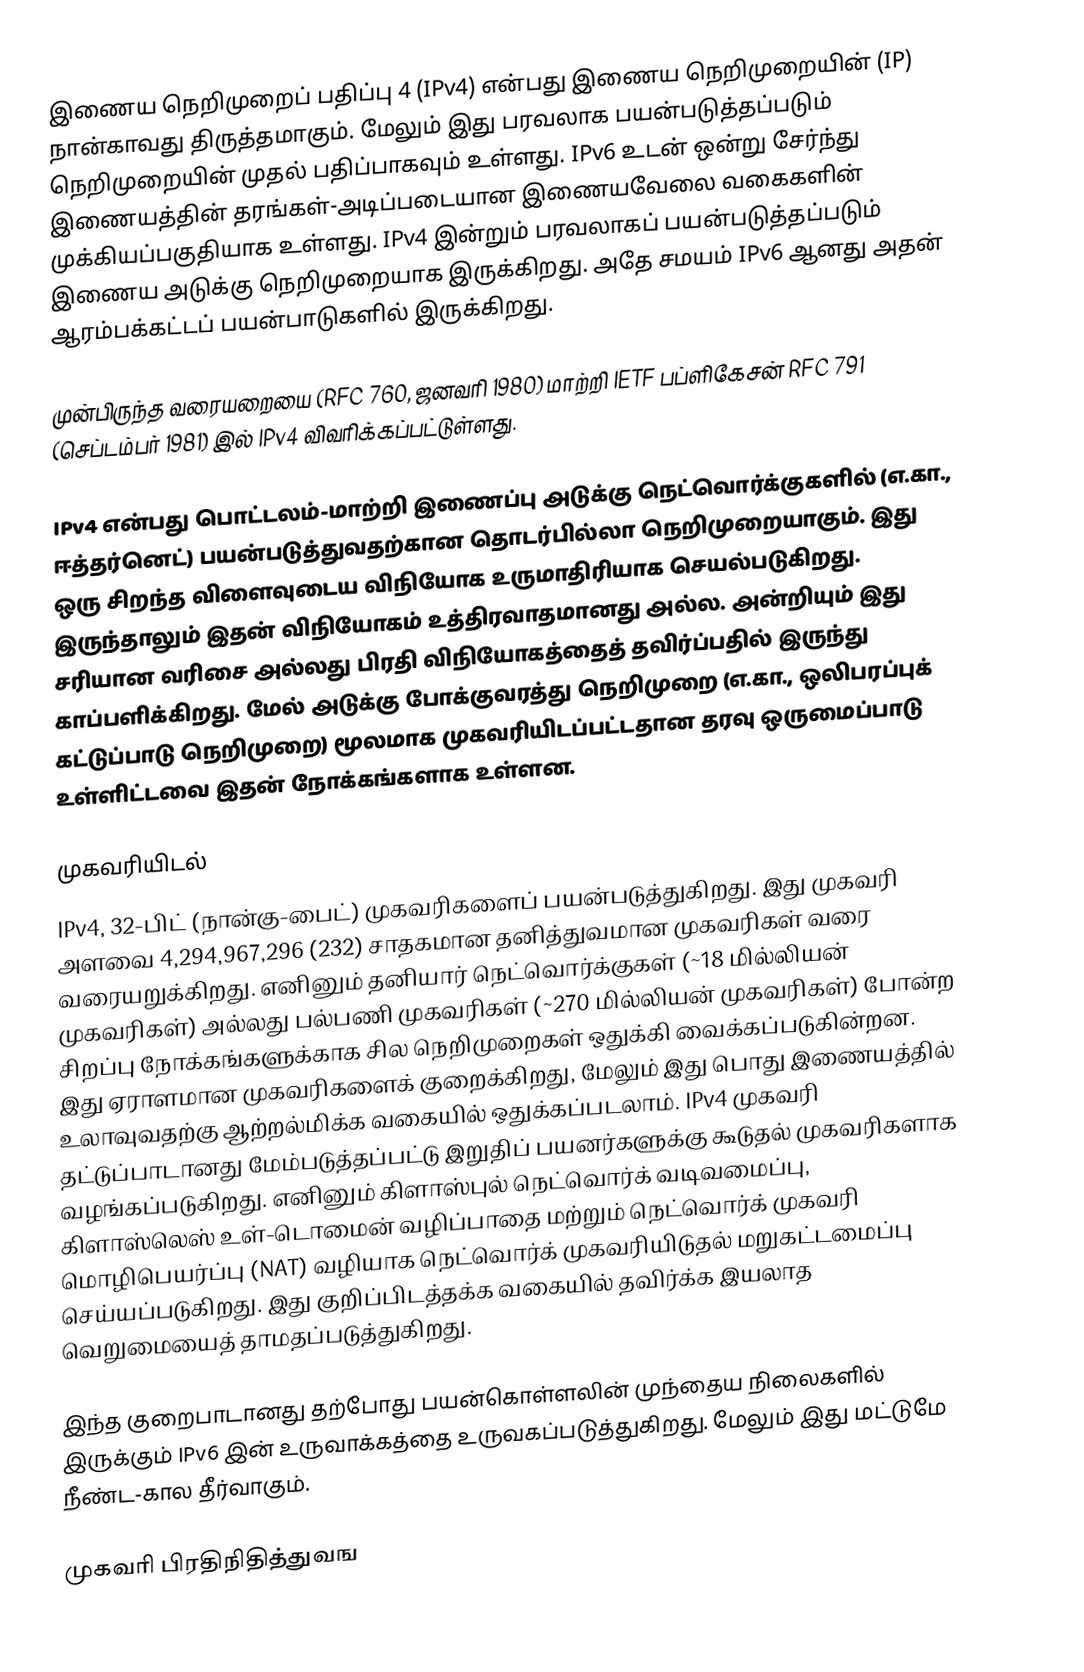
இணைய நெறிமுறைப் பதிப்பு 4  (IPv4) என்பது இணைய நெறிமுறையின் (IP) நான்காவது திருத்தமாகும். மேலும் இது பரவலாக பயன்படுத்தப்படும் நெறிமுறையின் முதல் பதிப்பாகவும் உள்ளது. IPv6 உடன் ஒன்று சேர்ந்து இணையத்தின் தரங்கள்-அடிப்படையான இணையவேலை வகைகளின் முக்கியப்பகுதியாக உள்ளது. IPv4 இன்றும் பரவலாகப் பயன்படுத்தப்படும் இணைய அடுக்கு நெறிமுறையாக இருக்கிறது. அதே சமயம் IPv6 ஆனது அதன் ஆரம்பக்கட்டப் பயன்பாடுகளில் இருக்கிறது.

முன்பிருந்த வரையறையை (RFC 760, ஜனவரி 1980) மாற்றி IETF பப்ளிகேசன் RFC 791 (செப்டம்பர் 1981) இல் IPv4 விவரிக்கப்பட்டுள்ளது.

IPv4 என்பது பொட்டலம்-மாற்றி இணைப்பு அடுக்கு நெட்வொர்க்குகளில் (எ.கா., ஈத்தர்னெட்) பயன்படுத்துவதற்கான தொடர்பில்லா நெறிமுறையாகும். இது ஒரு சிறந்த விளைவுடைய விநியோக உருமாதிரியாக செயல்படுகிறது. இருந்தாலும் இதன் விநியோகம் உத்திரவாதமானது அல்ல. அன்றியும் இது சரியான வரிசை அல்லது பிரதி விநியோகத்தைத் தவிர்ப்பதில் இருந்து காப்பளிக்கிறது. மேல் அடுக்கு போக்குவரத்து நெறிமுறை (எ.கா., ஒலிபரப்புக் கட்டுப்பாடு நெறிமுறை) மூலமாக முகவரியிடப்பட்டதான தரவு ஒருமைப்பாடு உள்ளிட்டவை இதன் நோக்கங்களாக உள்ளன.

முகவரியிடல்
IPv4, 32-பிட் (நான்கு-பைட்) முகவரிகளைப் பயன்படுத்துகிறது. இது முகவரி அளவை 4,294,967,296 (232) சாதகமான தனித்துவமான முகவரிகள் வரை வரையறுக்கிறது. எனினும் தனியார் நெட்வொர்க்குகள் (~18 மில்லியன் முகவரிகள்) அல்லது பல்பணி முகவரிகள் (~270 மில்லியன் முகவரிகள்) போன்ற சிறப்பு நோக்கங்களுக்காக சில நெறிமுறைகள் ஒதுக்கி வைக்கப்படுகின்றன. இது ஏராளமான முகவரிகளைக் குறைக்கிறது, மேலும் இது பொது இணையத்தில் உலாவுவதற்கு ஆற்றல்மிக்க வகையில் ஒதுக்கப்படலாம். IPv4 முகவரி தட்டுப்பாடானது மேம்படுத்தப்பட்டு இறுதிப் பயனர்களுக்கு கூடுதல் முகவரிகளாக வழங்கப்படுகிறது. எனினும் கிளாஸ்புல் நெட்வொர்க் வடிவமைப்பு, கிளாஸ்லெஸ் உள்-டொமைன் வழிப்பாதை மற்றும் நெட்வொர்க் முகவரி மொழிபெயர்ப்பு (NAT) வழியாக நெட்வொர்க் முகவரியிடுதல் மறுகட்டமைப்பு செய்யப்படுகிறது. இது குறிப்பிடத்தக்க வகையில் தவிர்க்க இயலாத வெறுமையைத் தாமதப்படுத்துகிறது.

இந்த குறைபாடானது தற்போது பயன்கொள்ளலின் முந்தைய நிலைகளில் இருக்கும் IPv6 இன் உருவாக்கத்தை உருவகப்படுத்துகிறது. மேலும் இது மட்டுமே நீண்ட-கால தீர்வாகும்.

முகவரி பிரதிநிதித்துவங